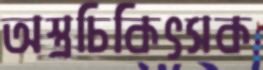
অস্ত্রচিকিৎসক